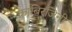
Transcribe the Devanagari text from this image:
काबिरजिनी